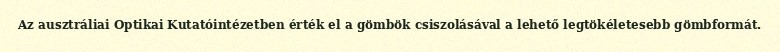
Az ausztráliai Optikai Kutatóintézetben érték el a gömbök csiszolásával a lehető legtökéletesebb gömbformát.